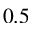
0 . 5